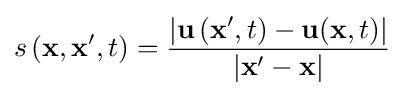
s\left({\bf {x}},{\bf {x}}',t\right)={\frac {\left|{\bf {u}}\left({\bf {x}}^{\prime },t\right)-{\bf {u}}({\bf {x}},t)\right|}{\left|{\bf {x}}^{\prime }-{\bf {x}}\right|}}